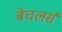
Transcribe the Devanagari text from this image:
बेचलर्स